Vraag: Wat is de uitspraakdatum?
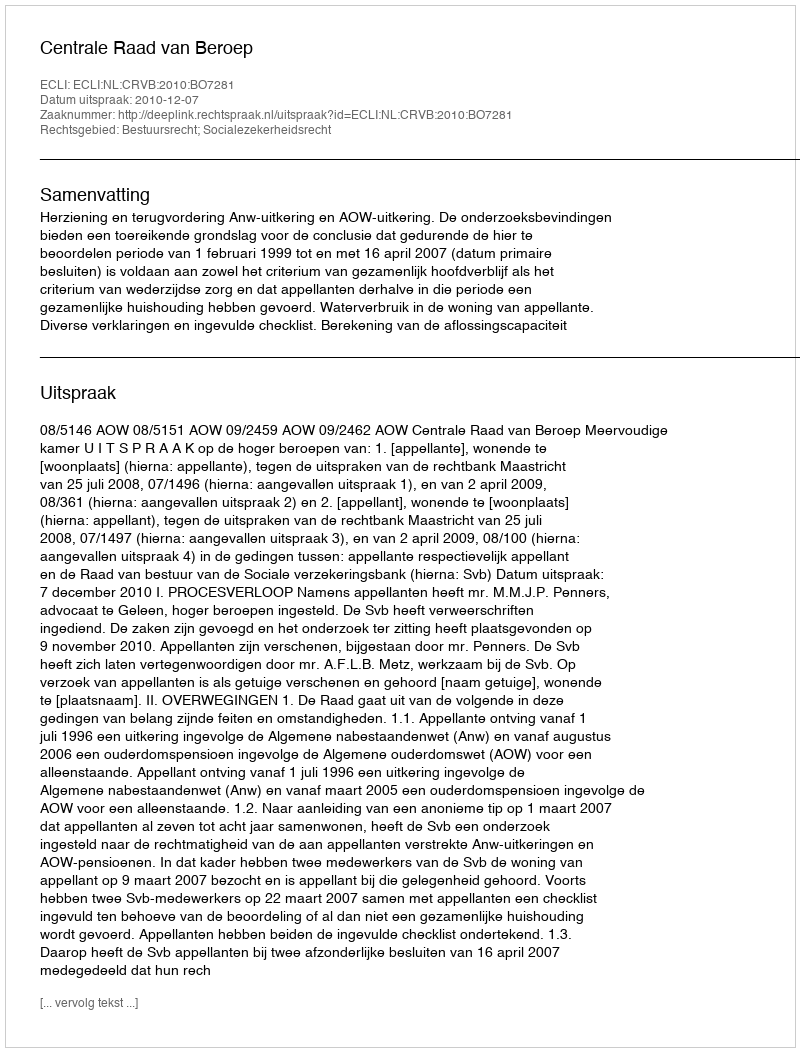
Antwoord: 2010-12-07